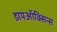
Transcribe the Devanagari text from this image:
डायऑक्सिन्स